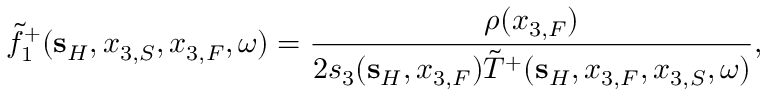
\tilde { f } _ { 1 } ^ { + } ( { \bf s } _ { H } , x _ { 3 , S } , x _ { 3 , F } , \omega ) = \frac { \rho ( x _ { 3 , F } ) } { 2 s _ { 3 } ( { \bf s } _ { H } , x _ { 3 , F } ) \tilde { T } ^ { + } ( { \bf s } _ { H } , x _ { 3 , F } , x _ { 3 , S } , \omega ) } ,